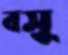
বসু